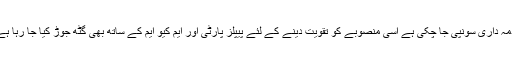
اس سلسلے میں لندن میں بھی اہم ملاقاتیں ہوئیں اور پاکستان کے اندر بھی مخصوص افراد کو یہ اہم ذمہ داری سونپی جا چکی ہے اسی منصوبے کو تقویت دینے کے لئے پیپلز پارٹی اور ایم کیو ایم کے ساتھ بھی گٹھ جوڑ کیا جا رہا ہے تاکہ (ن) لیگ کے برسراقتدار آنے کے بعد آئین میں تبدیلی کے موقع پر مذکورہ جماعتیں ساتھ دیں۔